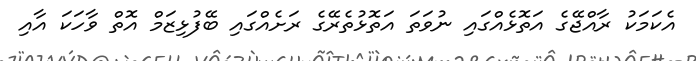
އެކަމަކު ރާއްޖޭގެ އަތޮޅެއްގައި ނުވަތަ އަތޮޅުތެރޭގެ ރަށެއްގައި ބޭފުޅިޒަމް އޮތް ވާހަކަ އާއި